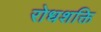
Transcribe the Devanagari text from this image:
रोधशक्ति